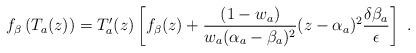
LaTeX: \begin{align*}f_\beta \left( T_a(z)\right) =T'_a(z)\left[ f_\beta (z)+\frac{(1-w_a)}{w_a(\alpha _a-\beta _a)^2}(z-\alpha _a)^2\frac{\delta \beta _a}{\epsilon }\right] \ .\end{align*}